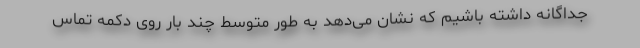
جداگانه داشته باشیم که نشان می‌دهد به طور متوسط چند بار روی دکمه تماس